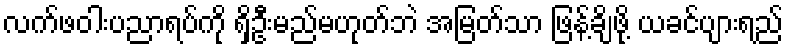
လက်ဖဝါးပညာရပ်ကို ရှိဦးမည်မဟုတ်ဘဲ အမြတ်သာ ဖြန့်ချိဖို့ ယခင်ပျားရည်